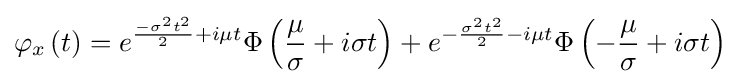
\varphi _{x}\left(t\right)=e^{{\frac {-\sigma ^{2}t^{2}}{2}}+i\mu t}\Phi \left({\frac {\mu }{\sigma }}+i\sigma t\right)+e^{-{\frac {\sigma ^{2}t^{2}}{2}}-i\mu t}\Phi \left(-{\frac {\mu }{\sigma }}+i\sigma t\right)